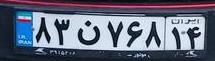
۸۳ن۷۶۸۱۴